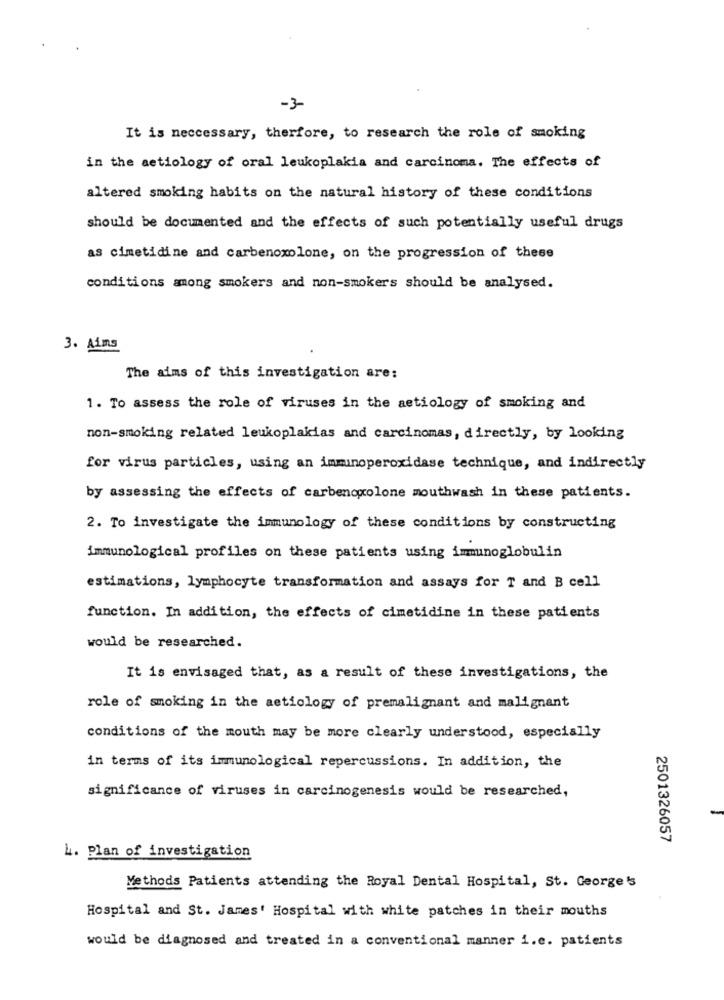
-3-
It is neccessary, therfore, to research the role of smoking
in the aetiology of oral leukoplakia and carcinoma. The effects of
altered smoking habits on the natural history of these conditions
should be documented and the effects of such potentially useful drugs
as cimetidine and carbenoxolone, on the progression of these
conditions among smokers and non-smokers should be analysed.
3. Aims
The aims of this investigation are:
1. To assess the role of viruses in the aetiology of smoking and
non-smoking related leukoplakias and carcinomas, directly, by looking
for virus particles, using an immunoperoxidase technique, and indirectly
by assessing the effects of carbenogxolone mouthwash in these patients.
2. To investigate the immunology of these conditions by constructing
immunological profiles on these patients using immunoglobulin
estimations, lymphocyte transformation and assays for T and B cell
function. In addition, the effects of cimetidine in these patients
would be researched.
It is envisaged that, as a result of these investigations, the
role of smoking in the aetiology of premalignant and malignant
conditions of the mouth may be more clearly understood, especially
in terms of its immunological repercussions. In addition, the
significance of viruses in carcinogenesis would be researched,
2501326057
L. Plan of investigation
Methods Patients attending the Royal Dental Hospital, St. George's
Hospital and St. James' Hospital with white patches in their mouths
would be diagnosed and treated in a conventional manner i.e. patients